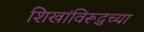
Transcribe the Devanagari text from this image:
शिखांविरूद्धच्या